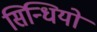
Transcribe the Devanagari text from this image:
सिन्धियों